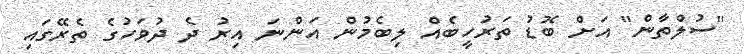
"ސުލްތާން" އަށް ބޮޑު ތަރުހީބެއް ލިބެމުން އަންނަ އިރު ދެ ދުވަހުގެ ތެރޭގައި